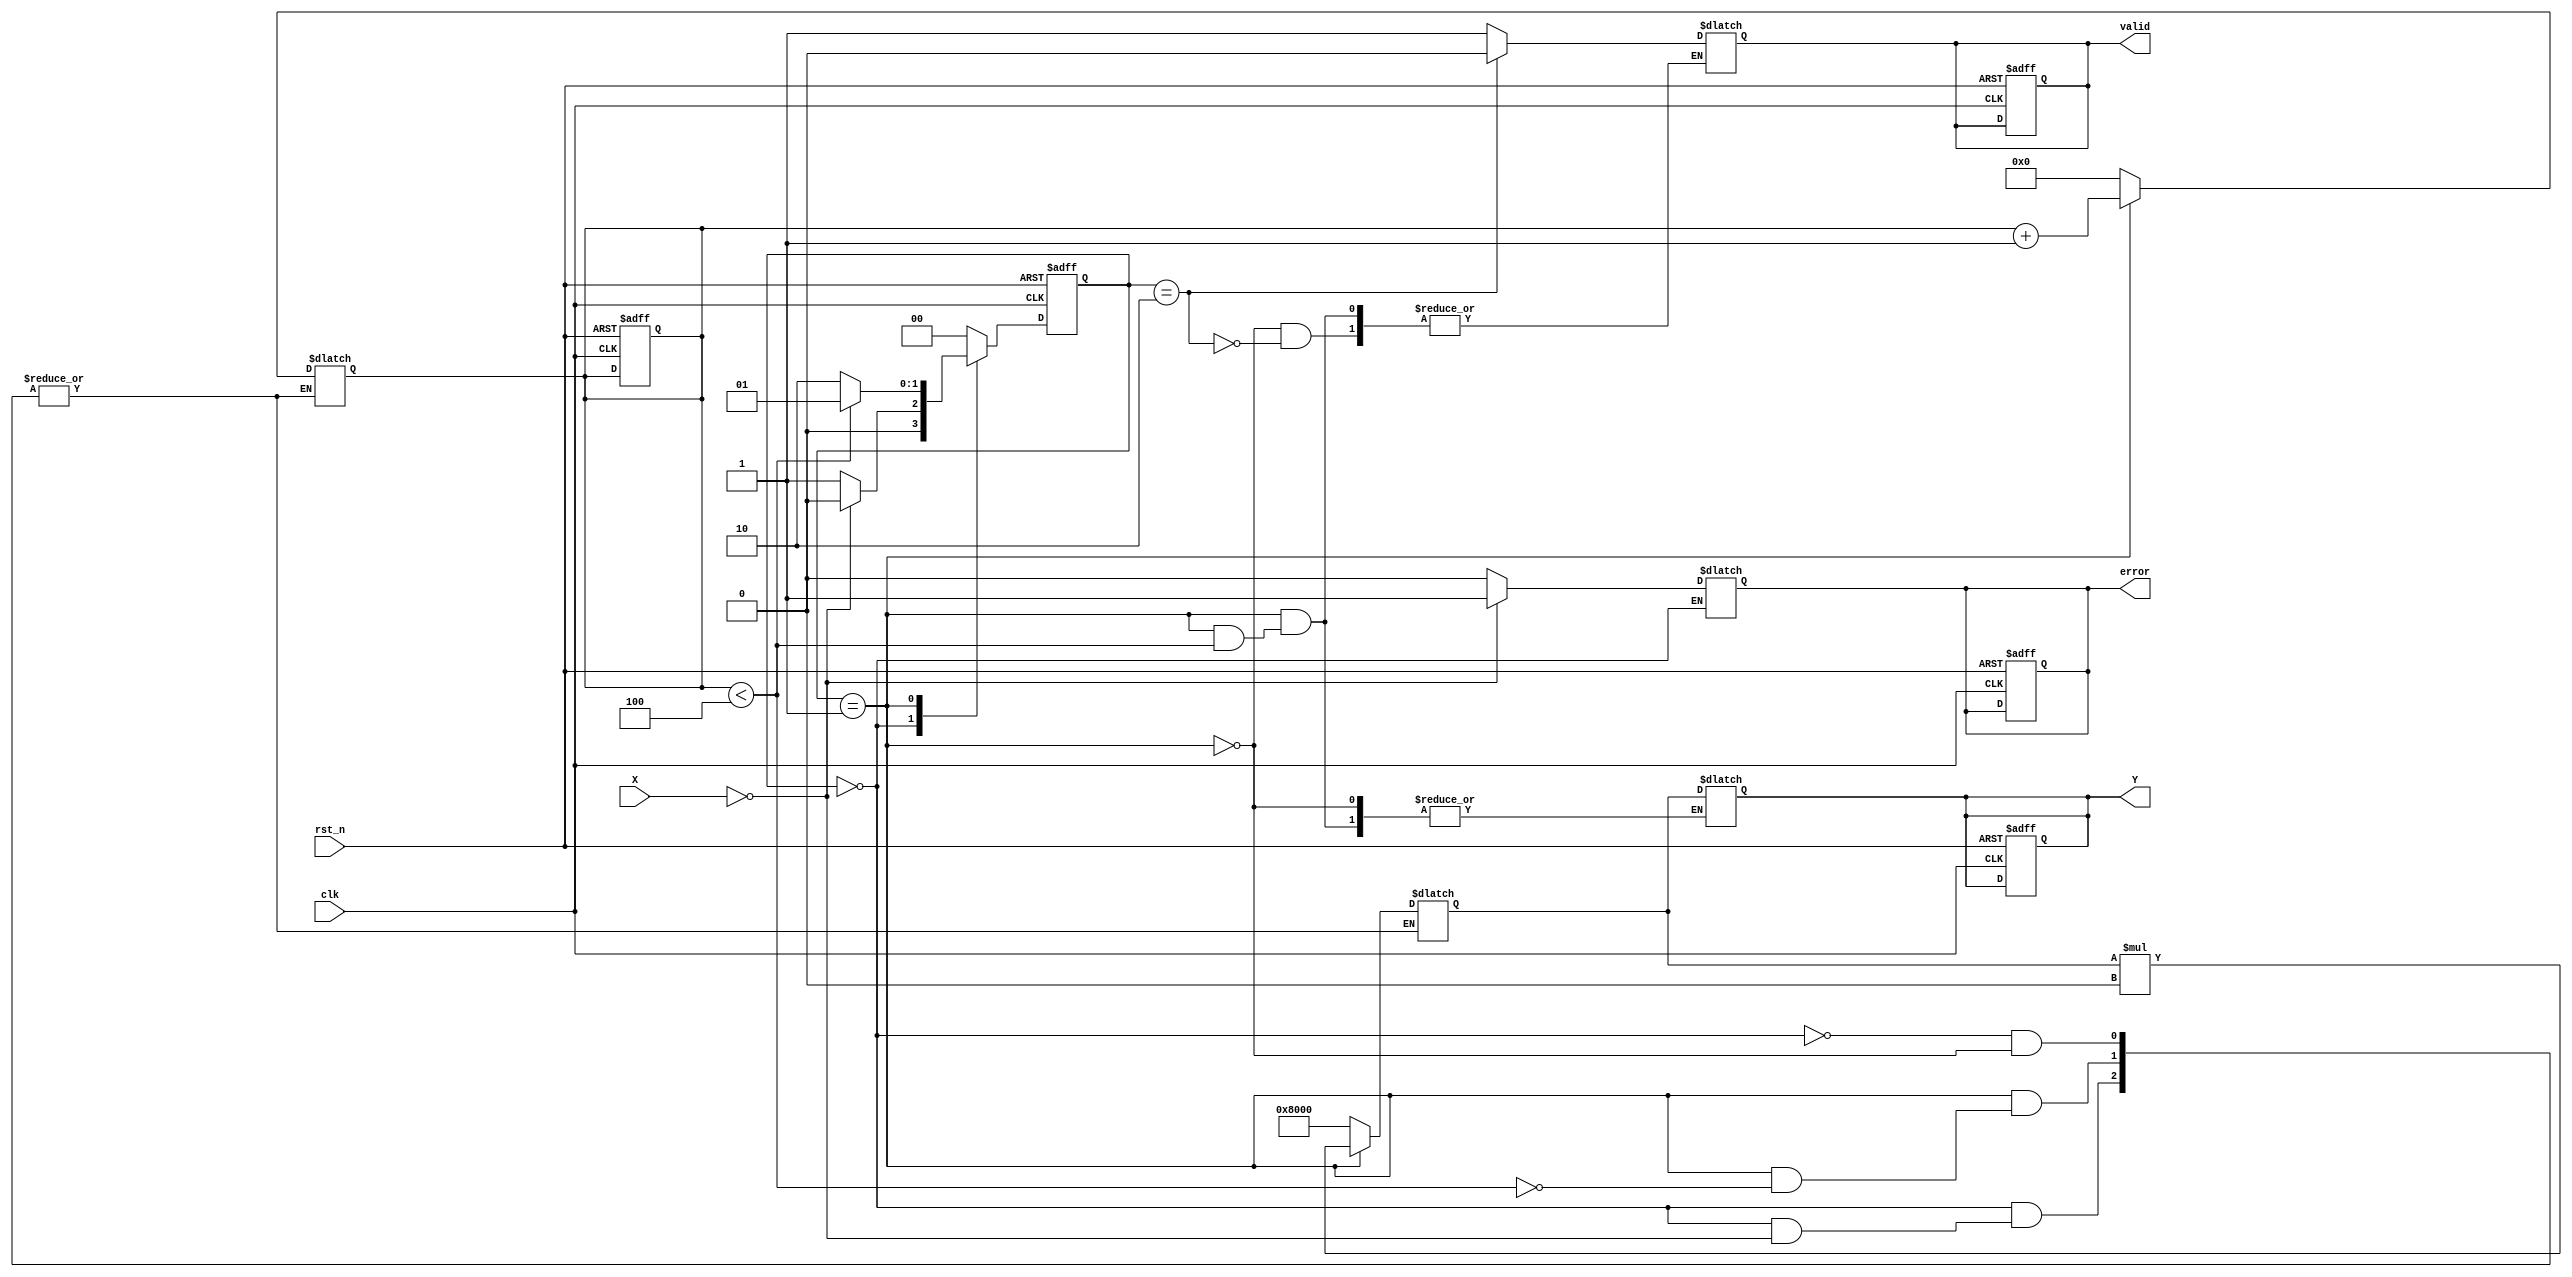
module binary_fractional_reciprocal (
    input wire clk,              // Clock signal
    input wire rst_n,            // Active low reset
    input wire [15:0] X,         // Input data (fixed-point, 16 bits, range [0, 1))
    output reg [15:0] Y,         // Output data (fixed-point, reciprocal)
    output reg valid,            // Output valid signal
    output reg error             // Error signal for division by zero
);
    // Internal parameters
    parameter WIDTH = 16;        // Width of input and output
    parameter MAX_OUTPUT = 16'hFFFF; // Maximum output value for fixed-point representation

    // State variables
    reg [15:0] approx;           // Approximation of the reciprocal
    reg [3:0] iteration;         // Iteration counter

    // State machine states
    localparam IDLE = 2'b00;
    localparam COMPUTE = 2'b01;
    localparam DONE = 2'b10;

    reg [1:0] state, next_state;

    // Initial state
    initial begin
        state = IDLE;
        valid = 0;
        error = 0;
        Y = 0;
    end

    // State transition
    always @(posedge clk or negedge rst_n) begin
        if (!rst_n) begin
            state <= IDLE;
            valid <= 0;
            error <= 0;
            Y <= 0;
            iteration <= 0;
        end else begin
            state <= next_state;
        end
    end

    // Next state logic
    always @(*) begin
        case (state)
            IDLE: begin
                if (X == 0) begin
                    error = 1; // Division by zero
                    next_state = IDLE; // Stay in IDLE
                end else begin
                    error = 0; // No error
                    approx = 16'h8000; // Initial approximation (1/2)
                    iteration = 0;
                    next_state = COMPUTE;
                end
            end
            COMPUTE: begin
                if (iteration < 4) begin // 4 iterations for convergence
                    approx = approx * (16'h10000 - (X * approx >> 16)); // Newton-Raphson iteration
                    iteration = iteration + 1;
                    next_state = COMPUTE;
                end else begin
                    Y = approx; // Final result
                    valid = 1; // Output is valid
                    next_state = DONE;
                end
            end
            DONE: begin
                valid = 0; // Reset valid signal for next operation
                next_state = IDLE; // Go back to IDLE
            end
            default: next_state = IDLE;
        endcase
    end

endmodule